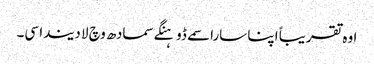
اوہ تقریباً اپنا سارا سمے ڈوہنگے سمادھ وچ لا دیندا سی۔